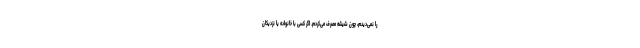
را نمی‌دیدم، چون شیشه مصرف می‌کردم. اگر کسی با خانواده یا نزدیکان